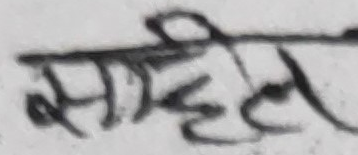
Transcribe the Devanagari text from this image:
सम्हले